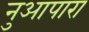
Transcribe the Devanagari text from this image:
नुआपारा